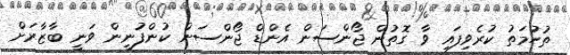
ތުހުމަތު ކުރެވިފައި ވާ ގޮތުން ޖޯންސަން އެންޑް ޖޯންސަން ކުންފުނީން ވަނީ ބާޒާރަށް